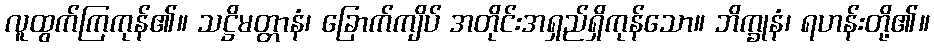
လူထွက်ကြကုန်၏။ သဋ္ဌိမတ္တာနံ၊ ခြောက်ကျိပ် အတိုင်းအရှည်ရှိကုန်သော။ ဘိက္ခုနံ၊ ရဟန်းတို့၏။